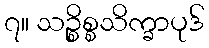
၇။ သဉ္စိစ္စသိက္ခာပုဒ်